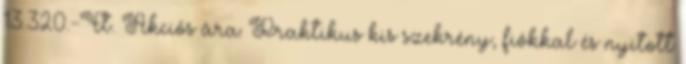
13.320.-Ft. Akciós ára: Praktikus kis szekrény, fiókkal és nyitott